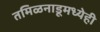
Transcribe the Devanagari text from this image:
तमिळनाडूमध्येही